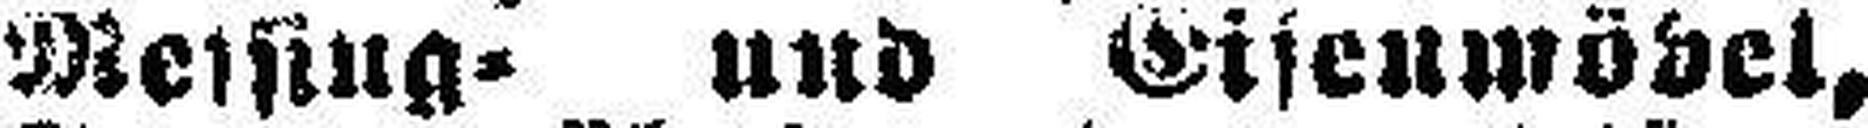
Messing= und Eisenmöbel,